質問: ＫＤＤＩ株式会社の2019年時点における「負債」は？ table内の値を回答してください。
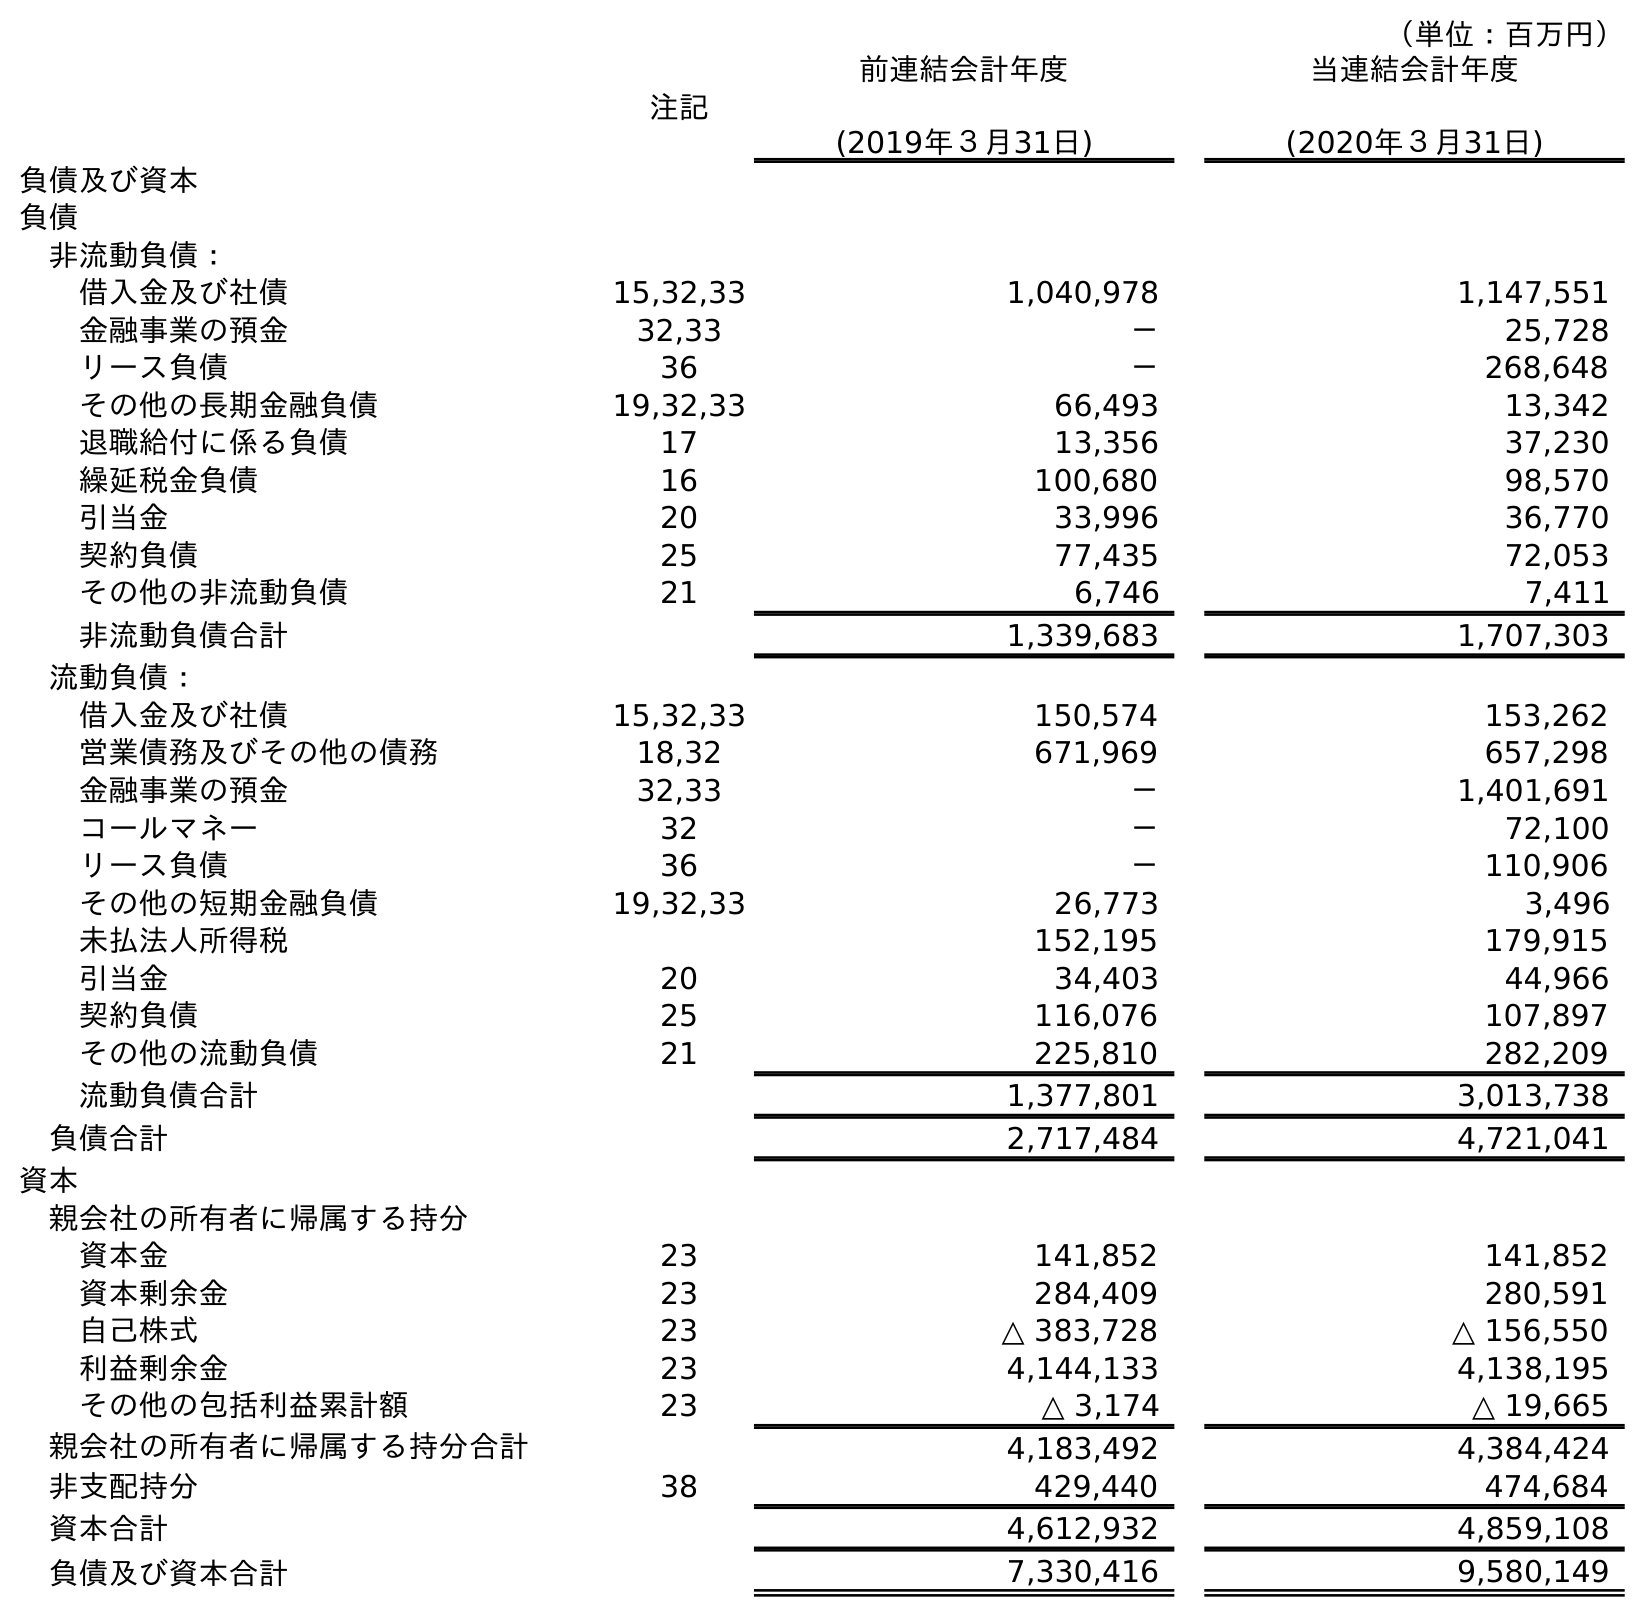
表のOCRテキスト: （単位：百万円） 注記 前連結会計年度 (2019年３月31日) 当連結会計年度 (2020年３月31日) 負債及び資本 負債 非流動負債： 借入金及び社債 15,32,33 1,040,978 1,147,551 金融事業の預金 32,33 － 25,728 リース負債 36 － 268,648 その他の長期金融負債 19,32,33 66,493 13,342 退職給付に係る負債 17 13,356 37,230 繰延税金負債 16 100,680 98,570 引当金 20 33,996 36,770 契約負債 25 77,435 72,053 その他の非流動負債 21 6,746 7,411 非流動負債合計 1,339,683 1,707,303 流動負債： 借入金及び社債 15,32,33 150,574 153,262 営業債務及びその他の債務 18,32 671,969 657,298 金融事業の預金 32,33 － 1,401,691 コールマネー 32 － 72,100 リース負債 36 － 110,906 その他の短期金融負債 19,32,33 26,773 3,496 未払法人所得税 152,195 179,915 引当金 20 34,403 44,966 契約負債 25 116,076 107,897 その他の流動負債 21 225,810 282,209 流動負債合計 1,377,801 3,013,738 負債合計 2,717,484 4,721,041 資本 親会社の所有者に帰属する持分 資本金 23 141,852 141,852 資本剰余金 23 284,409 280,591 自己株式 23 △ 383,728 △ 156,550 利益剰余金 23 4,144,133 4,138,195 その他の包括利益累計額 23 △ 3,174 △ 19,665 親会社の所有者に帰属する持分合計 4,183,492 4,384,424 非支配持分 38 429,440 474,684 資本合計 4,612,932 4,859,108 負債及び資本合計 7,330,416 9,580,149
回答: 2,717,484